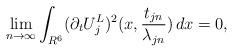
LaTeX: \begin{align*}\lim_{n\to\infty}\int_{R^6}(\partial_tU_j^L)^2(x,\frac{t_{jn}}{\lambda_{jn}})\,dx=0,\end{align*}